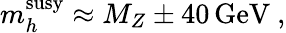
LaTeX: m_{h}^{\mathrm{susy}}\approx M_{Z}\pm 40\, \mathrm{GeV}\ ,